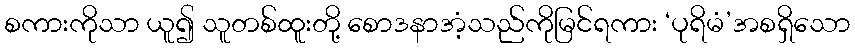
စကားကိုသာ ယူ၍ သူတစ်ထူးတို့ စောဒနာအံ့သည်ကိုမြင်ရကား ‘ပုရိမံ’အစရှိသော